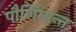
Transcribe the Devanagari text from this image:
पौर्णिमान्त्त